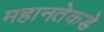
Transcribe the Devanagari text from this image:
महानतेकडे